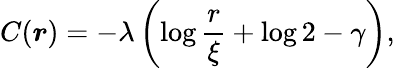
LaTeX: C(\boldsymbol r)=-\lambda\left(\log\frac{r}{\xi}+\log 2-\gamma\right),